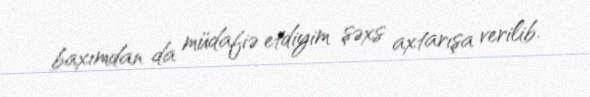
baxımdan da müdafiə etdiyim şəxs axtarışa verilib.